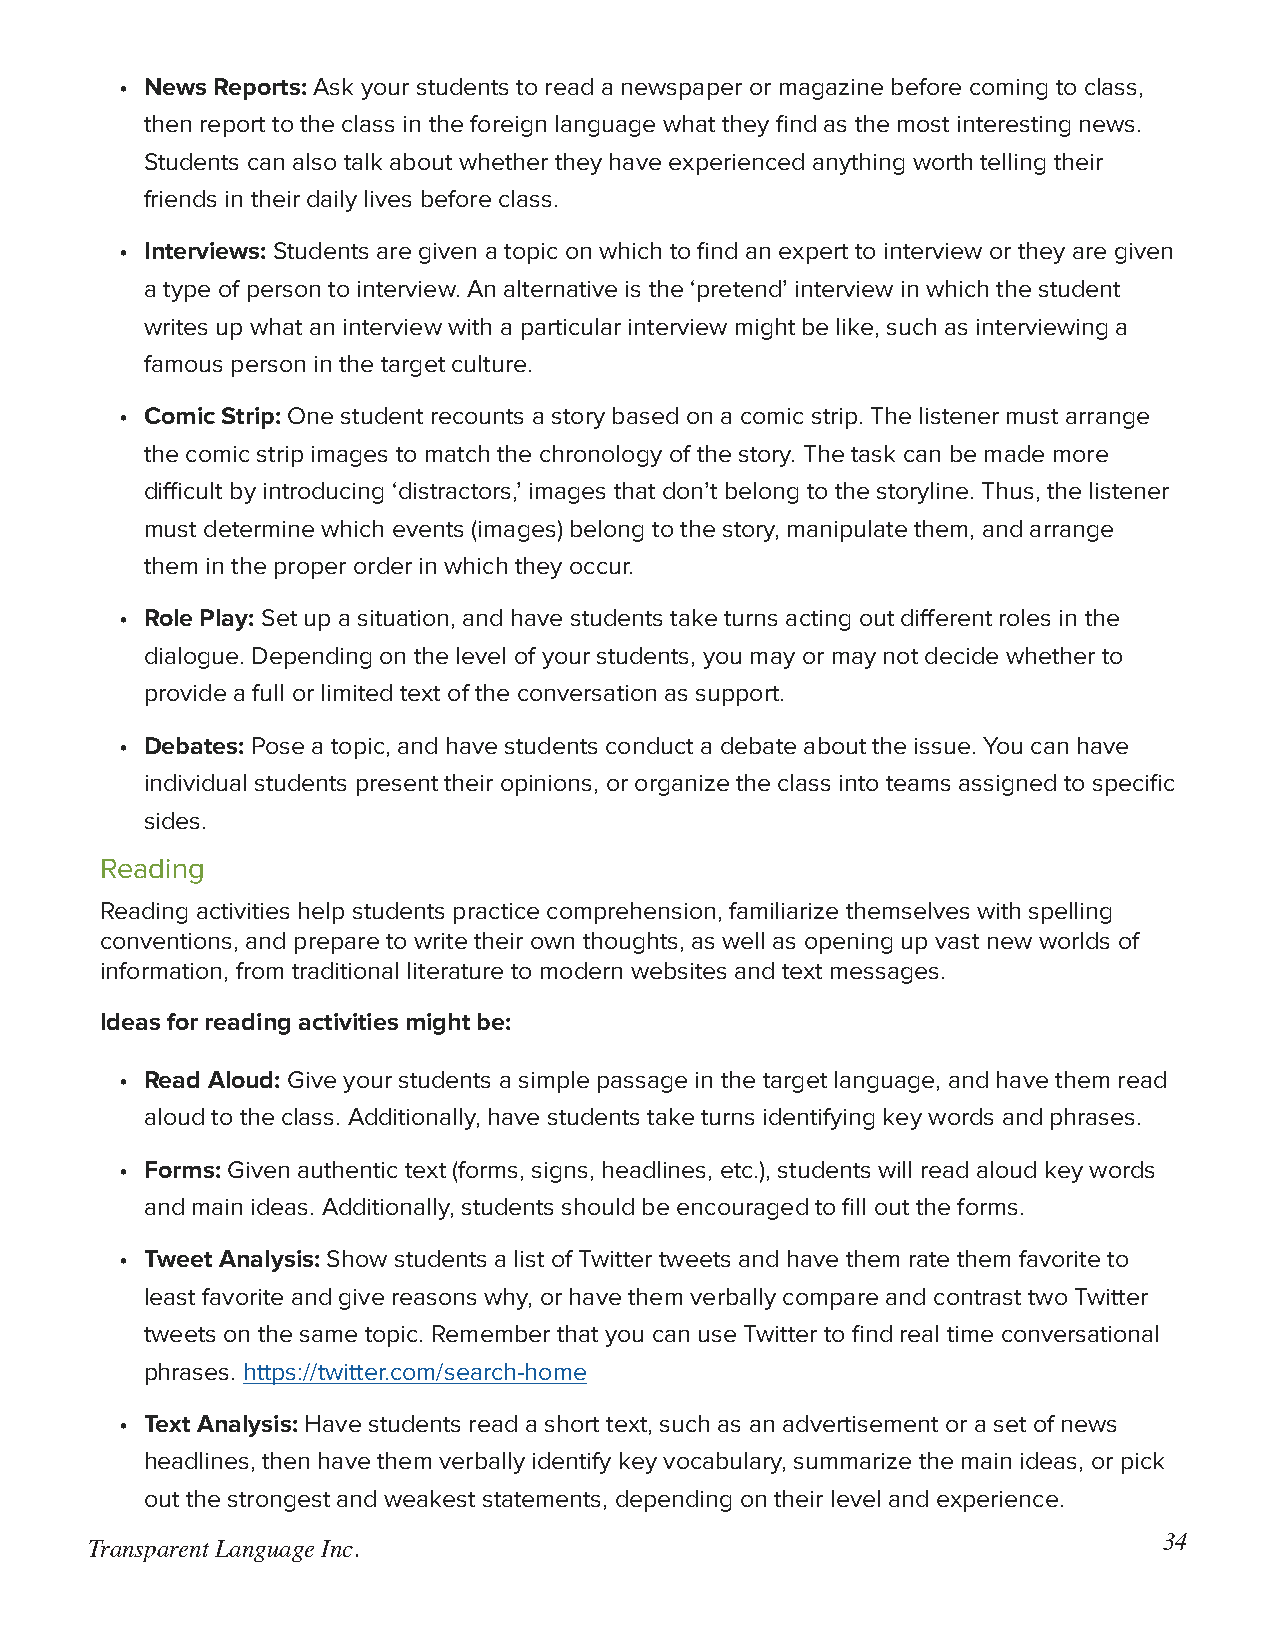
• News Reports: Ask your students to read a newspaper or magazine before coming to class,
 then report to the class in the foreign language what they find as the most interesting news.
 Students can also talk about whether they have experienced anything worth telling their
 friends in their daily lives before class.
 • Interviews: Students are given a topic on which to find an expert to interview or they are given
 a type of person to interview. An alternative is the ‘pretend’ interview in which the student
 writes up what an interview with a particular interview might be like, such as interviewing a
 famous person in the target culture.
 • Comic Strip: One student recounts a story based on a comic strip. The listener must arrange
 the comic strip images to match the chronology of the story. The task can be made more
 difficult by introducing ‘distractors,’ images that don’t belong to the storyline. Thus, the listener
 must determine which events (images) belong to the story, manipulate them, and arrange
 them in the proper order in which they occur.
 • Role Play: Set up a situation, and have students take turns acting out different roles in the
 dialogue. Depending on the level of your students, you may or may not decide whether to
 provide a full or limited text of the conversation as support.
 • Debates: Pose a topic, and have students conduct a debate about the issue. You can have
 individual students present their opinions, or organize the class into teams assigned to specific
 sides.
 Reading
 Reading activities help students practice comprehension, familiarize themselves with spelling
 conventions, and prepare to write their own thoughts, as well as opening up vast new worlds of
 information, from traditional literature to modern websites and text messages.
 Ideas for reading activities might be:
 • Read Aloud: Give your students a simple passage in the target language, and have them read
 aloud to the class. Additionally, have students take turns identifying key words and phrases.
 • Forms: Given authentic text (forms, signs, headlines, etc.), students will read aloud key words
 and main ideas. Additionally, students should be encouraged to fill out the forms.
 • Tweet Analysis: Show students a list of Twitter tweets and have them rate them favorite to
 least favorite and give reasons why, or have them verbally compare and contrast two Twitter
 tweets on the same topic. Remember that you can use Twitter to find real time conversational
 phrases. https://twitter.com/search-home
 • Text Analysis: Have students read a short text, such as an advertisement or a set of news
 headlines, then have them verbally identify key vocabulary, summarize the main ideas, or pick
 out the strongest and weakest statements, depending on their level and experience.
 34
 Transparent Language Inc.